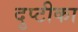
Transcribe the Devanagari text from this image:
दुप्टीका